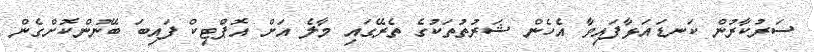
ސަރުކާރުން ކަނޑައަޅާފައިވާ އެހެން ޝަރުތުތަކުގެ ތެރޭގައި މާލެ އަށް އޮޕްޓިކް ފައިބަ ބޭނުންކޮށްގެން